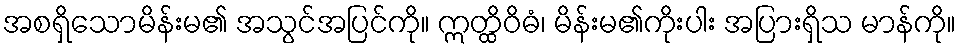
အစရှိသောမိန်းမ၏ အသွင်အပြင်ကို။ ဣတ္ထိဝိဓံ၊ မိန်းမ၏ကိုးပါး အပြားရှိသ မာန်ကို။